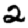
Digit: 2